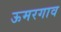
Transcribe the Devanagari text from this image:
ऊमरगाव